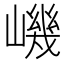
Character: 𡼠